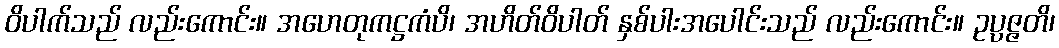
ဝိပါက်သည် လည်းကောင်း။ အဟေတုကဋ္ဌကံပိ၊ အဟိတ်ဝိပါတ် နှစ်ပါးအပေါင်းသည် လည်းကောင်း။ ဥပ္ပဇ္ဇတိ၊